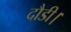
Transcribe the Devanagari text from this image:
दौडी।